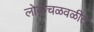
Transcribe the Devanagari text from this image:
लोकचळवळीत